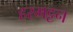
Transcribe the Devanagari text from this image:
हरमट्टन